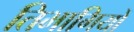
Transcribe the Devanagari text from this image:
तिभागियों